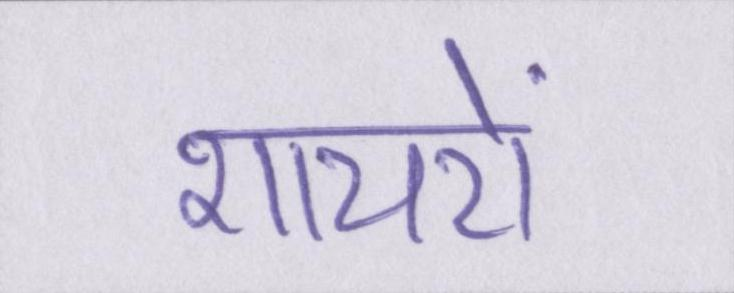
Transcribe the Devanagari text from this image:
शायरों